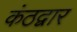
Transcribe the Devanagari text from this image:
कंठद्वार